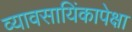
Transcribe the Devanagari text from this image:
व्यावसायिंकापेक्षा